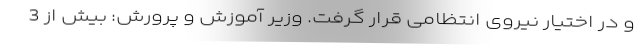
و در اختیار نیروی انتظامی قرار گرفت. وزیر آموزش و پرورش: بیش از 3